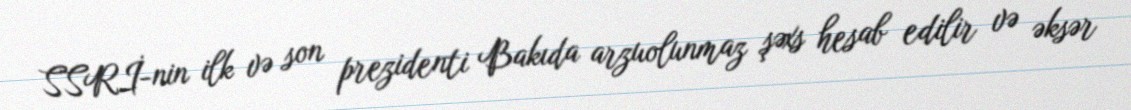
SSRİ-nin ilk və son prezidenti Bakıda arzuolunmaz şəxs hesab edilir və əksər